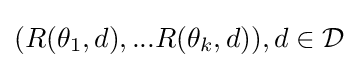
(R(\theta _{1},d),...R(\theta _{k},d)),d\in {\mathcal {D}}